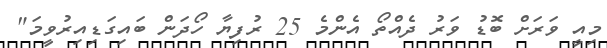
މިއީ ވަރަށް ބޮޑު ވަރު ދެއްތޯ އެންމެ 25 ރުފިޔާ ހޯދަން ބައިގަޑިއިރުވީމަ"